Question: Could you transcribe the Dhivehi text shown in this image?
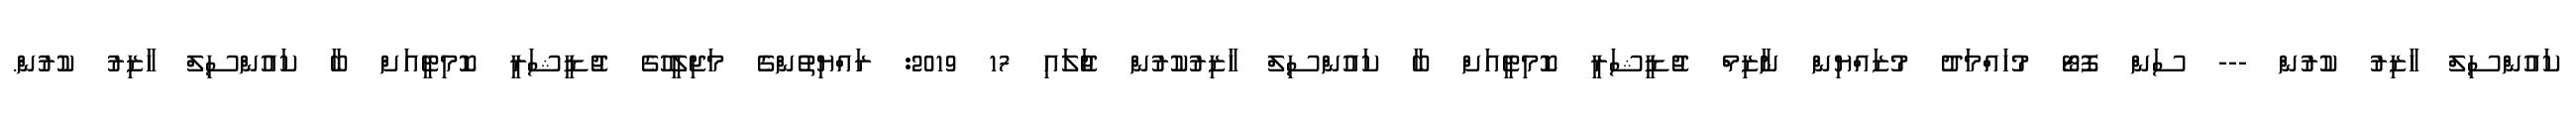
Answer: ކައުންސިލް ހާޒިރު ކުރުން --- ސަން ފޮޓޯ މުހައްމަދު މުޒައްޔިން ނާޒިމް ޖުޑީޝަރީ ކޮމިޓީއަށް ބާ ކައުންސިލް ހާޒިރުކުރުން ޖުަލައި 17 2019: ރައްޔިތުންގެ މަޖިލީހުގެ ޖުޑީޝަރީ ކޮމިޓީއަށް ބާ ކައުންސިލް ހާޒިރު ކުރުން.